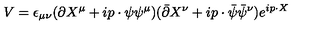
V = \epsilon _ { \mu \nu } ( \partial X ^ { \mu } + i p \cdot \psi \psi ^ { \mu } ) ( \bar { \partial } X ^ { \nu } + i p \cdot \bar { \psi } \bar { \psi } ^ { \nu } ) e ^ { i p \cdot X }